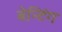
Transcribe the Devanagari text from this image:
बेन्टिंग